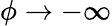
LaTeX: \phi\to-\infty